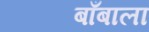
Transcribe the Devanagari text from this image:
बाँबाला